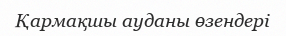
Қармақшы ауданы өзендері